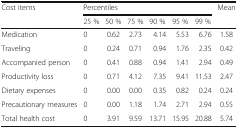
<table><thead><tr><td rowspan="2"><b>Cost items</b></td><td colspan="6"><b>Percentiles</b></td><td rowspan="2"><b>Mean</b></td></tr><tr><td><b>25 %</b></td><td><b>50 %</b></td><td><b>75 %</b></td><td><b>90 %</b></td><td><b>95 %</b></td><td><b>99 %</b></td></tr></thead><tbody><tr><td>Medication</td><td>0</td><td>0.62</td><td>2.73</td><td>4.14</td><td>5.53</td><td>6.76</td><td>1.58</td></tr><tr><td>Traveling</td><td>0</td><td>0.24</td><td>0.71</td><td>0.94</td><td>1.76</td><td>2.35</td><td>0.42</td></tr><tr><td>Accompanied person</td><td>0</td><td>0.41</td><td>0.88</td><td>0.94</td><td>1.41</td><td>2.94</td><td>0.49</td></tr><tr><td>Productivity loss</td><td>0</td><td>0.71</td><td>4.12</td><td>7.35</td><td>9.41</td><td>11.53</td><td>2.47</td></tr><tr><td>Dietary expenses</td><td>0</td><td>0.00</td><td>0.00</td><td>0.35</td><td>0.82</td><td>0.24</td><td>0.24</td></tr><tr><td>Precautionary measures</td><td>0</td><td>0.00</td><td>1.18</td><td>1.74</td><td>2.71</td><td>2.94</td><td>0.55</td></tr><tr><td>Total health cost</td><td>0</td><td>3.91</td><td>9.59</td><td>13.71</td><td>15.95</td><td>20.88</td><td>5.74</td></tr></tbody></table>